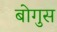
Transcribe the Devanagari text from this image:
बोगुस